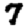
Digit: 7